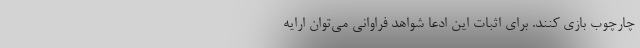
چارچوب بازي كنند. براي اثبات اين ادعا شواهد فراواني مي‌توان ارايه